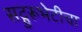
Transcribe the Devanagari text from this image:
सद्गुरूभेटीचा